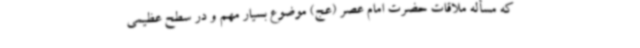
که مسأله ملاقات حضرت امام عصر (عج) موضوع بسیار مهم و در سطح عظیمی